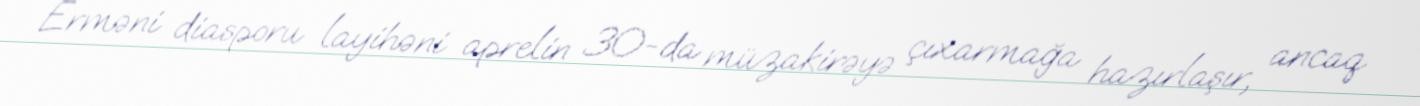
Erməni diasporu layihəni aprelin 30-da müzakirəyə çıxarmağa hazırlaşır, ancaq